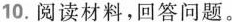
10.阅读材料，回答问题。